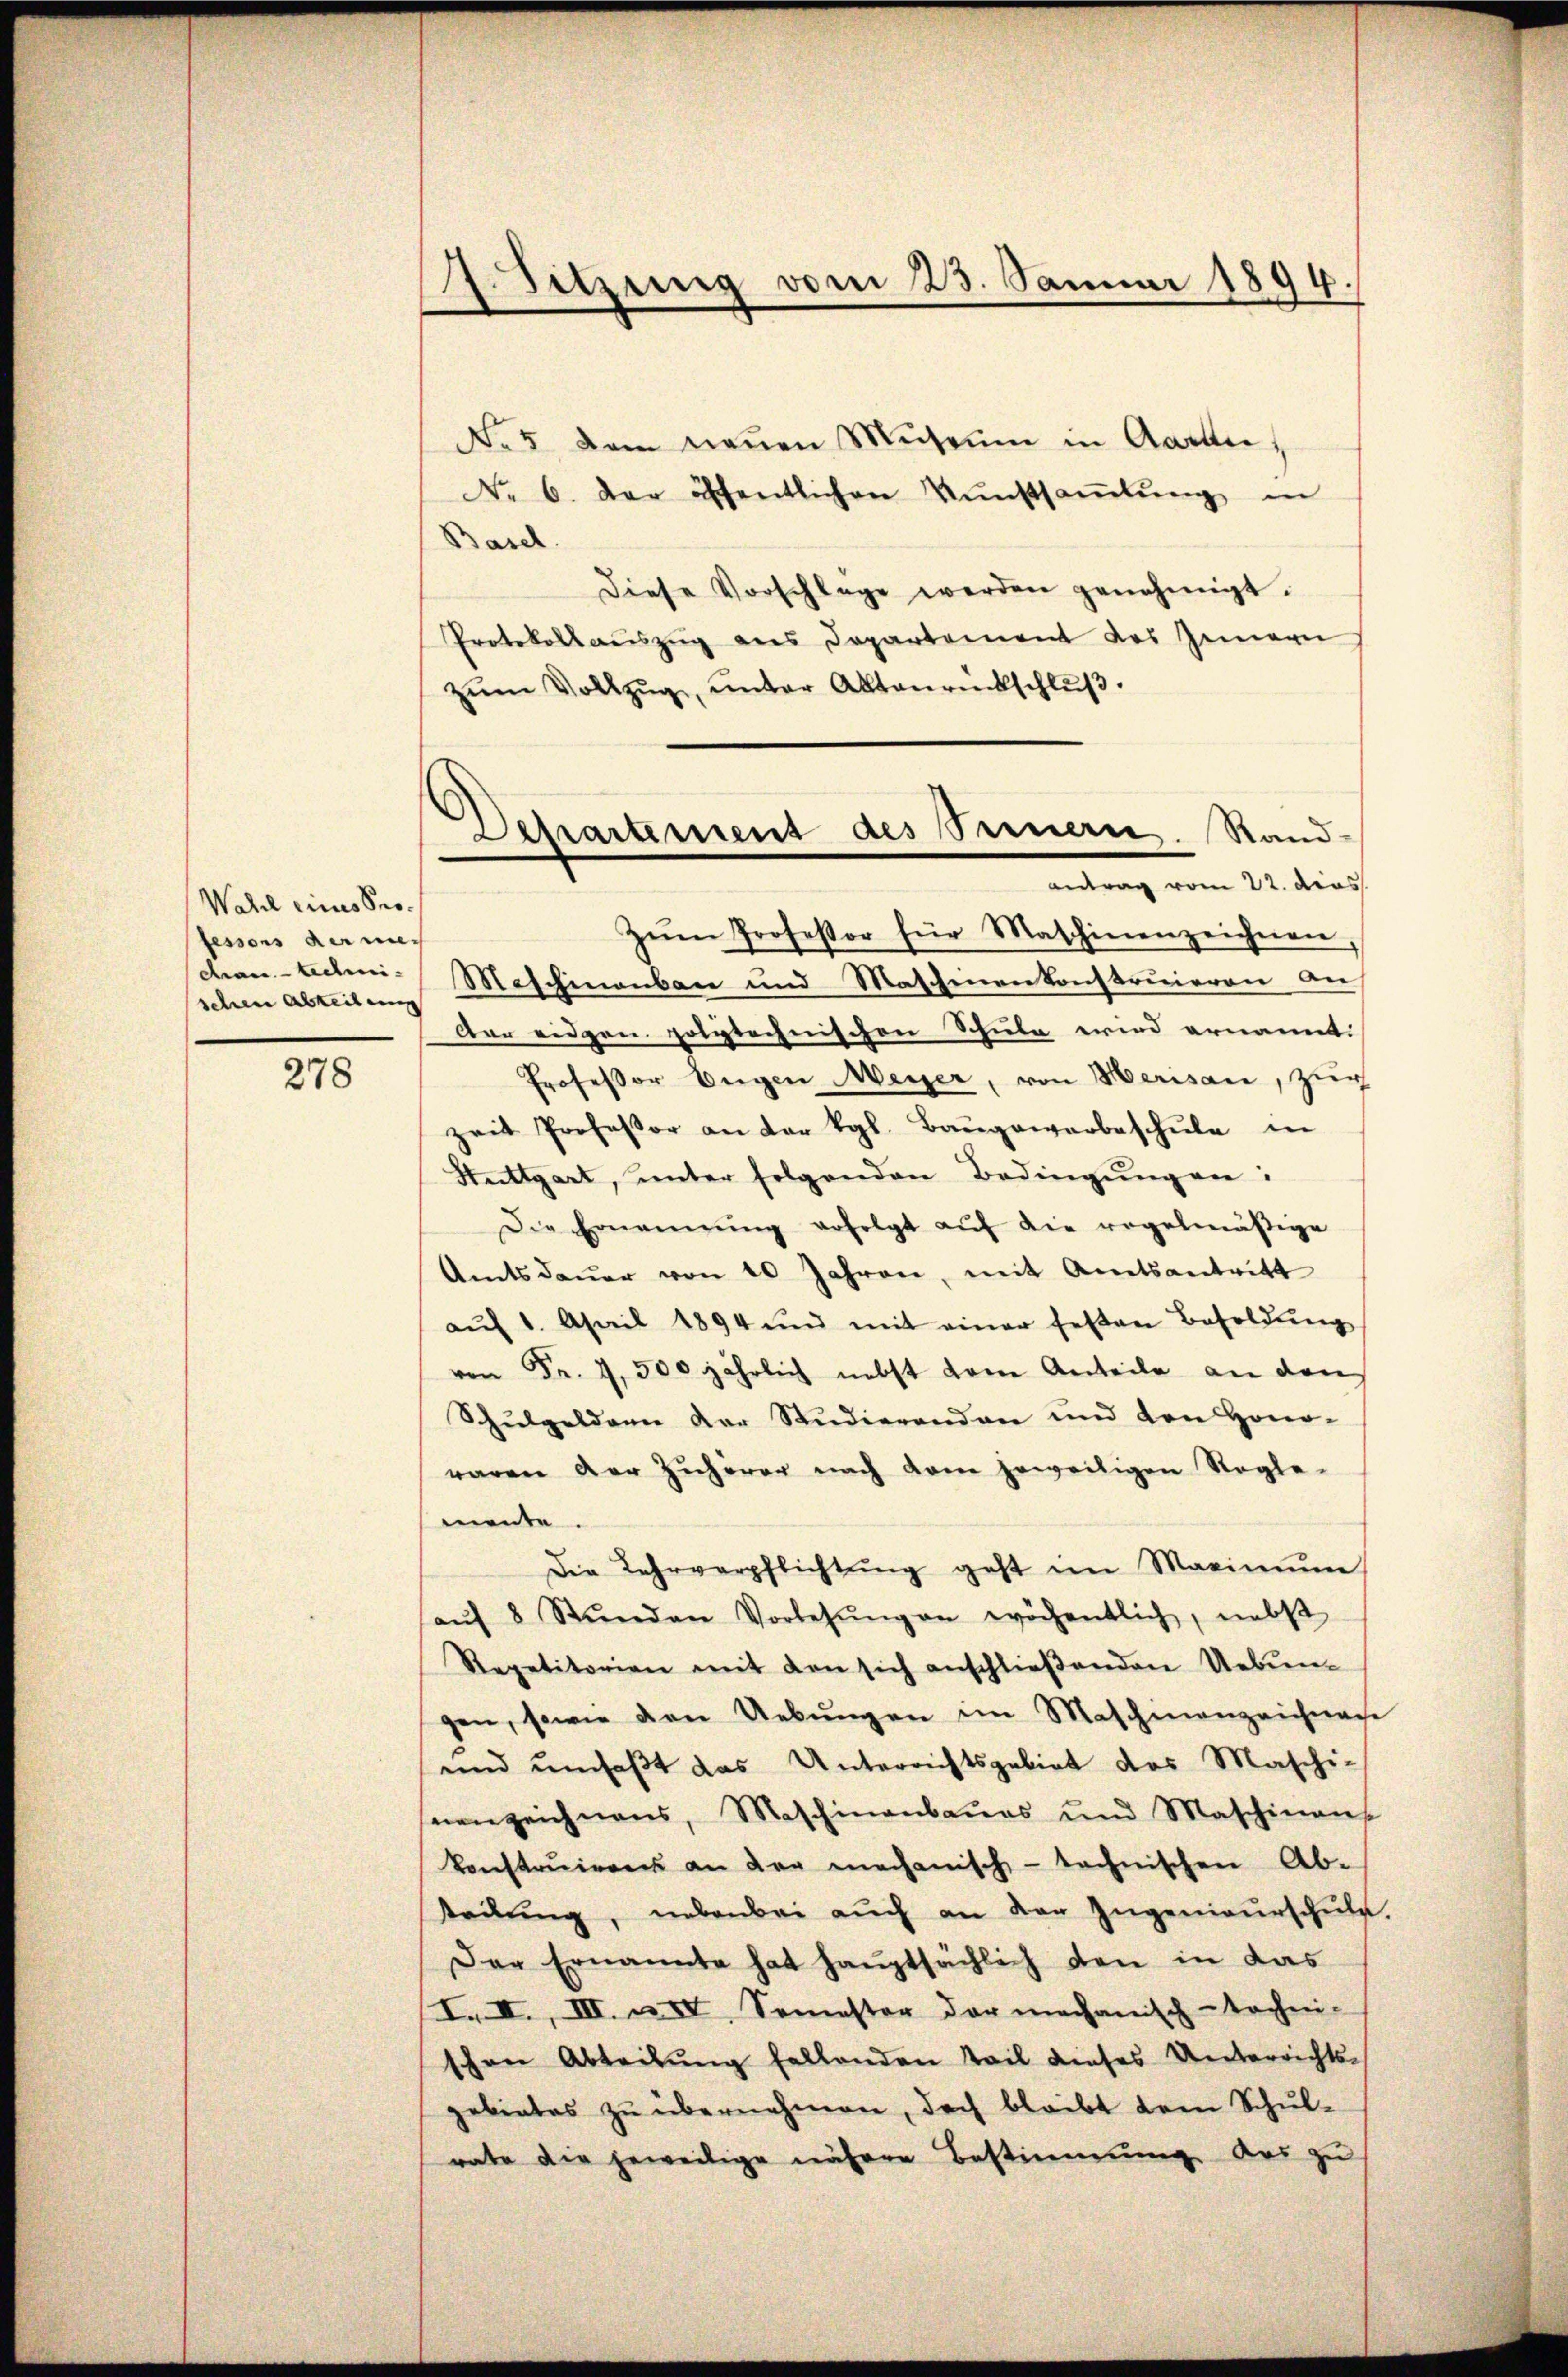
Wahl eines Professors der me
drantedmischen Abzeit eine

278

1. Sitzung vom 23. Januar 1899.

Nr 5 dem neuen Mignum in Aarbei,
No 6. der öffentlichen Kŭnstsaṁlŭng in
Basel.
Diese Vorschlage werden genehmigt.
Protokollauszug aus Departement des Innern,
zŭm Vollzug, unter Altanrückschluß.
Zŭm Professor für Maschinenzeichnen
Maschinenbau und Maschenen konstruieren an
dar eigen polytechnischen Schule wird ernannt.
Professor Engen Meyer, von Merisau, zur
zeit Professor an der vgl. Baŭgewerbeschŭle in
Stuttgart, unter folgenden Bedingŭngen:
Die Ernannŭng erfolgt aŭf die regelmäβige
Amtsdauer von 10 Jahren, mit Amtsantritt
aŭf 1. April 1894 und mit einer festen Besoldŭng
von Fr. 4, 500 jährlich nebst dem Anteile an den
Schulgeldern der Studierenden und den Hono-
waren der Zuhörer nach dem jeweiligen Regle-
mente.
Die Lehrverpflichtŭng geht im Maximŭm
aŭf 8 Stŭnden Vorlesŭng an wöchentlich, nebst
Repetitorien mit den sich anschließenden Uebeengen, sowie den Uebŭngen im Maschinanzeichnache
und umfaßt das Unterrichtsgebiet des Maschi-
nenzeichnens, Maschinanbaŭes und Maschinan
konstruiren an der mechanisch-technischen Ab-
tteilŭng, nebenbei aŭch an der Ingenieŭrschŭle.
Der Ernannte hat hauptsächlich den in das
I. II., III. u. IV, Semester der mechanisch-techni-
schen Abteilŭng fallenden Teil dieses Unterrichts-
gebietes zŭ übernehmen, doch bleibt dem Schul-
rate die jeweilige nähere Bestimmung das zu

Dehartement des Sinnern. Rand-
antrag vom 22. dies